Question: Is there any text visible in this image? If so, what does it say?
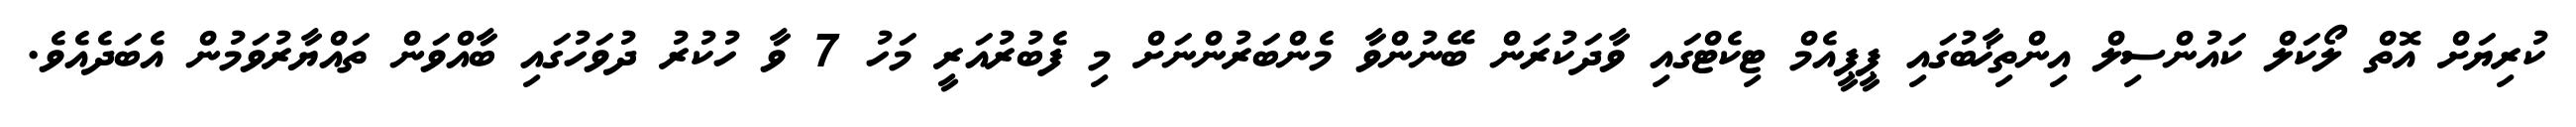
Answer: ކުރިޔަށް އޮތް ލޯކަލް ކައުންސިލް އިންތިޚާބުގައި ޕީޕީއެމް ޓިކެޓްގައި ވާދަކުރަން ބޭނުންވާ މެންބަރުންނަށް މި ފެބުރުއަރީ މަހު 7 ވާ ހުކުރު ދުވަހުގައި ބާއްވަން ތައްޔާރުވަމުން އެބަދެއެވެ.